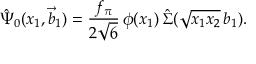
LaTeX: \hat { \Psi } _ { 0 } ( x _ { 1 } , \vec { b } _ { 1 } ) = \frac { f _ { \pi } } { 2 \sqrt { 6 } } \, \phi ( x _ { 1 } ) \, \hat { \Sigma } ( \sqrt { x _ { 1 } x _ { 2 } } \, b _ { 1 } ) .